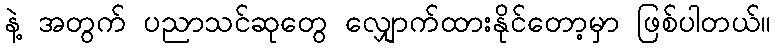
နဲ့ အတွက် ပညာသင်ဆုတွေ လျှောက်ထားနိုင်တော့မှာ ဖြစ်ပါတယ်။